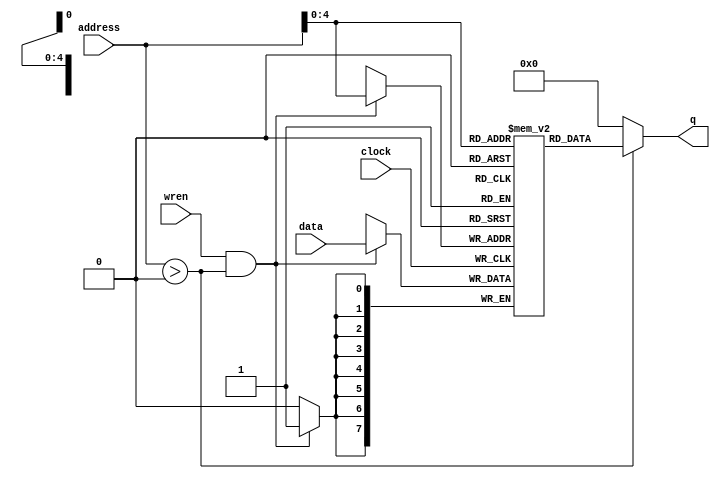
`timescale 1 ns / 100 ps
//Models the IP Core RAM 1-Port used in Quartus

module stack_8bit #(
	parameter WIDTH = 8,
	parameter SIZE = 32
)(
	address,
	clock,
	data,
	wren,
	q
);

input	[$clog2(SIZE+1)-1:0]  address; //address 6'h00 == empty stack
input						clock;
input	[WIDTH-1:0]  		data;
input	  					wren;
output	[WIDTH-1:0]  		q;

reg 	[WIDTH-1:0] 		STACK 	[SIZE-1:0]; 

integer i;

initial begin
	for(i=0; i<SIZE;i++) begin
		STACK[i] = 8'h00;
	end
end

always @(posedge clock) begin
	if(wren & address > 6'h00) 
		STACK[address] <= data;
end

assign q = ((address > 6'h00) ? STACK[address] : 8'h00);

endmodule